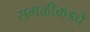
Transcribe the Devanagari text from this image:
सगळीकडचे